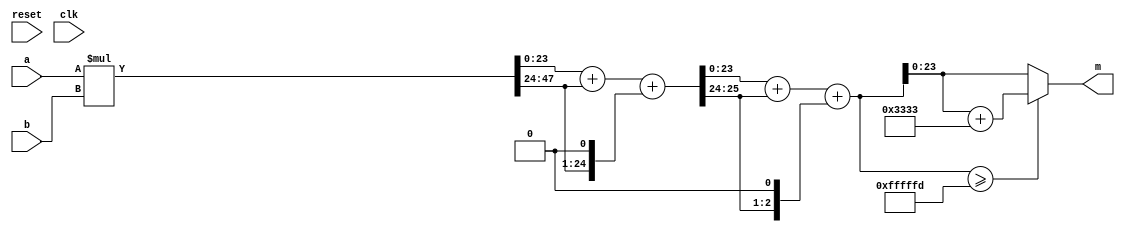
module modmul(input        reset,
              input	   clk,
              input [23:0]  a,
              input [23:0]  b,
              output [23:0] m);
   
   // compute (a*b) mod 2^24 - 3

   wire [47:0]		   result;
   wire [25:0]		   sum0;
   wire [24:0]		   sum1;

   assign result = a * b;
   assign sum0 = result[23:0] + result[47:24] + {result[47:24], 1'b0};
   assign sum1 = sum0[23:0] + sum0[25:24] + {sum0[25:24], 1'b0};
   assign m    = (sum1 >= 24'hFFFFFD) ? (sum1 + 25'h3333) : sum1;

endmodule